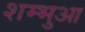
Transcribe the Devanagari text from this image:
शम्भुआ